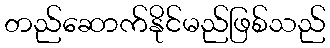
တည်ဆောက်နိုင်မည်ဖြစ်သည်